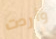
وأردت